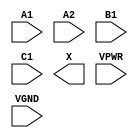
module sky130_fd_sc_hs__o211a (
    //# {{data|Data Signals}}
    input  A1  ,
    input  A2  ,
    input  B1  ,
    input  C1  ,
    output X   ,

    //# {{power|Power}}
    input  VPWR,
    input  VGND
);
endmodule